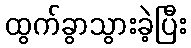
ထွက်ခွာသွားခဲ့ပြီး